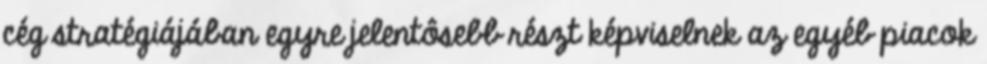
cég stratégiájában egyre jelentôsebb részt képviselnek az egyéb piacok